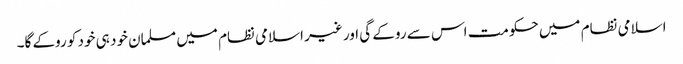
اسلامی نظام میں حکومت اس سے روکے گی اور غیر اسلامی نظام میں مسلمان خود ہی خود کو روکے گا۔